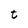
Character: t